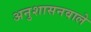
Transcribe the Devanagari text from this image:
अनुशासनवाले